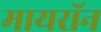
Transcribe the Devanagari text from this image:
मायरॉन